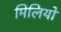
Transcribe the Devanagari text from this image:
मिलियो